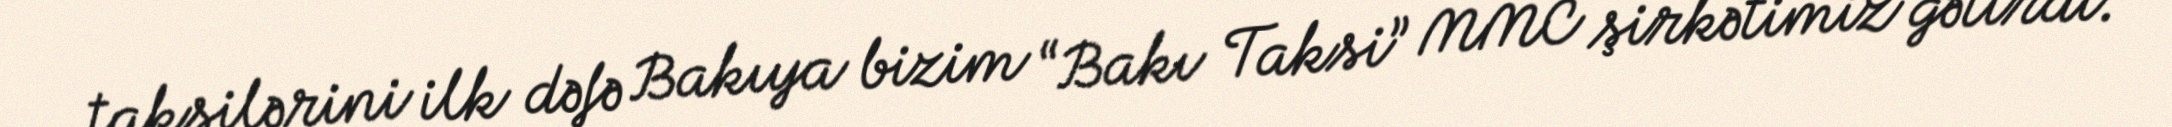
taksilərini ilk dəfə Bakıya bizim “Bakı Taksi” MMC şirkətimiz gətirdi.